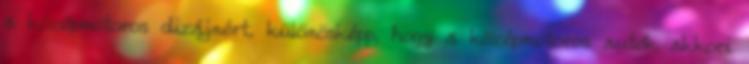
a középmotoros dizájnért, különösképp, hogy a középmotoros autók akkori